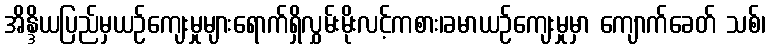
အိန္ဒိယပြည်မှယဉ်ကျေးမှုများရောက်ရှိလွှမ်းမိုးလင့်ကစား၊ခမာယဉ်ကျေးမှုမှာ ကျောက်ခေတ် သစ်၊